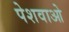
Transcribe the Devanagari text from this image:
पेशवाओ